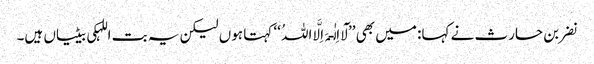
نضر بن حارث نے کہا: میں بھی ’’لَآ اِلٰـہَ اِلَّا اللہُ ‘‘ کہتا ہوں لیکن یہ بت اللہکی بیٹیاں ہیں۔